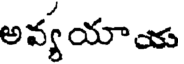
అవ్యయాయ